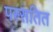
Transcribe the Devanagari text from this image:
पस्सतित